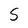
Character: S